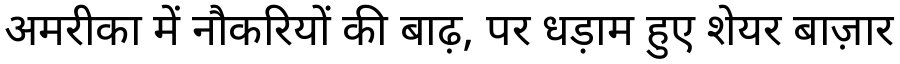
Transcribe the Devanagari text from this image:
अमरीका में नौकरियों की बाढ़, पर धड़ाम हुए शेयर बाज़ार